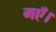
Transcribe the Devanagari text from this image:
गएँ।